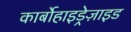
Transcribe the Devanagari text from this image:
कार्बोहाइड्रेज़ाइड